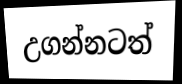
උගන්නටත්